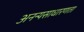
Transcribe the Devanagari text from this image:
अनन्यसाधारणता